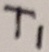
Text: T1